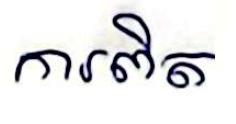
ការពិត